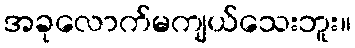
အခုလောက်မကျယ်သေးဘူး။